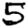
Digit: 5